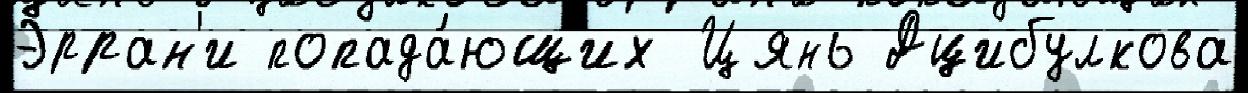
Эрран'и попада́ющих Цянь Дцибулкова